Civil Veterinary Department Bengal reports 1923-33 - 1923-1933
Year: 1923
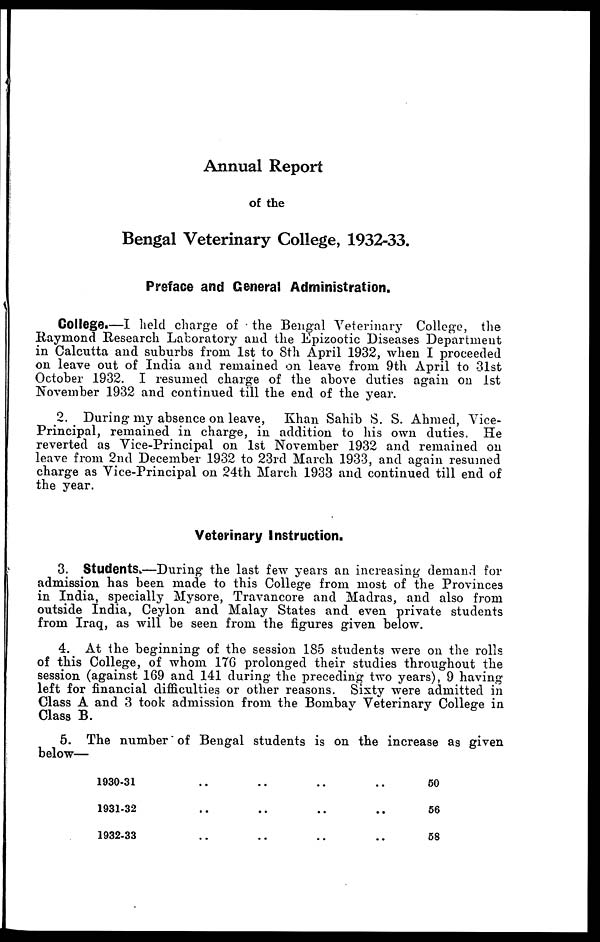
Annual Report
of the
Bengal Veterinary College, 1932-33.
Preface and General Administration.
College.—I held charge of the Bengal Veterinary College, the
Raymond Research Laboratory and the Epizootic Diseases Department
in Calcutta and suburbs from 1st to 8th April 1932, when I proceeded
on leave out of India and remained on leave from 9th April to 31st
October 1932. I resumed charge of the above duties again on 1st
November 1932 and continued till the end of the year.
2. During my absence on leave, Khan Sahib S. S. Ahmed, Vice-
Principal, remained in charge, in addition to his own duties. He
reverted as Vice-Principal on 1st November 1932 and remained on
leave from 2nd December 1932 to 23rd March 1933, and again resumed
charge as Vice-Principal on 24th March 1933 and continued till end of
the year.
Veterinary Instruction.
3. Students.—During the last few years an increasing demand for
admission has been made to this College from most of the Provinces
in India, specially Mysore, Travancore and Madras, and also from
outside India, Ceylon and Malay States and even private students
from Iraq, as will be seen from the figures given below.
4. At the beginning of the session 185 students were on the rolls
of this College, of whom 17G prolonged their studies throughout the
session (against 169 and 141 during the preceding two years), 9 having
left for financial difficulties or other reasons. Sixty were admitted in
Class A and 3 took admission from the Bombay Veterinary College in
Class B.
5. The number of Bengal students is on the increase as given
below—
1930-31
1931-32
1932-33
..
..
..
..
..
..
..
..
..
..
..
..
50
56
58